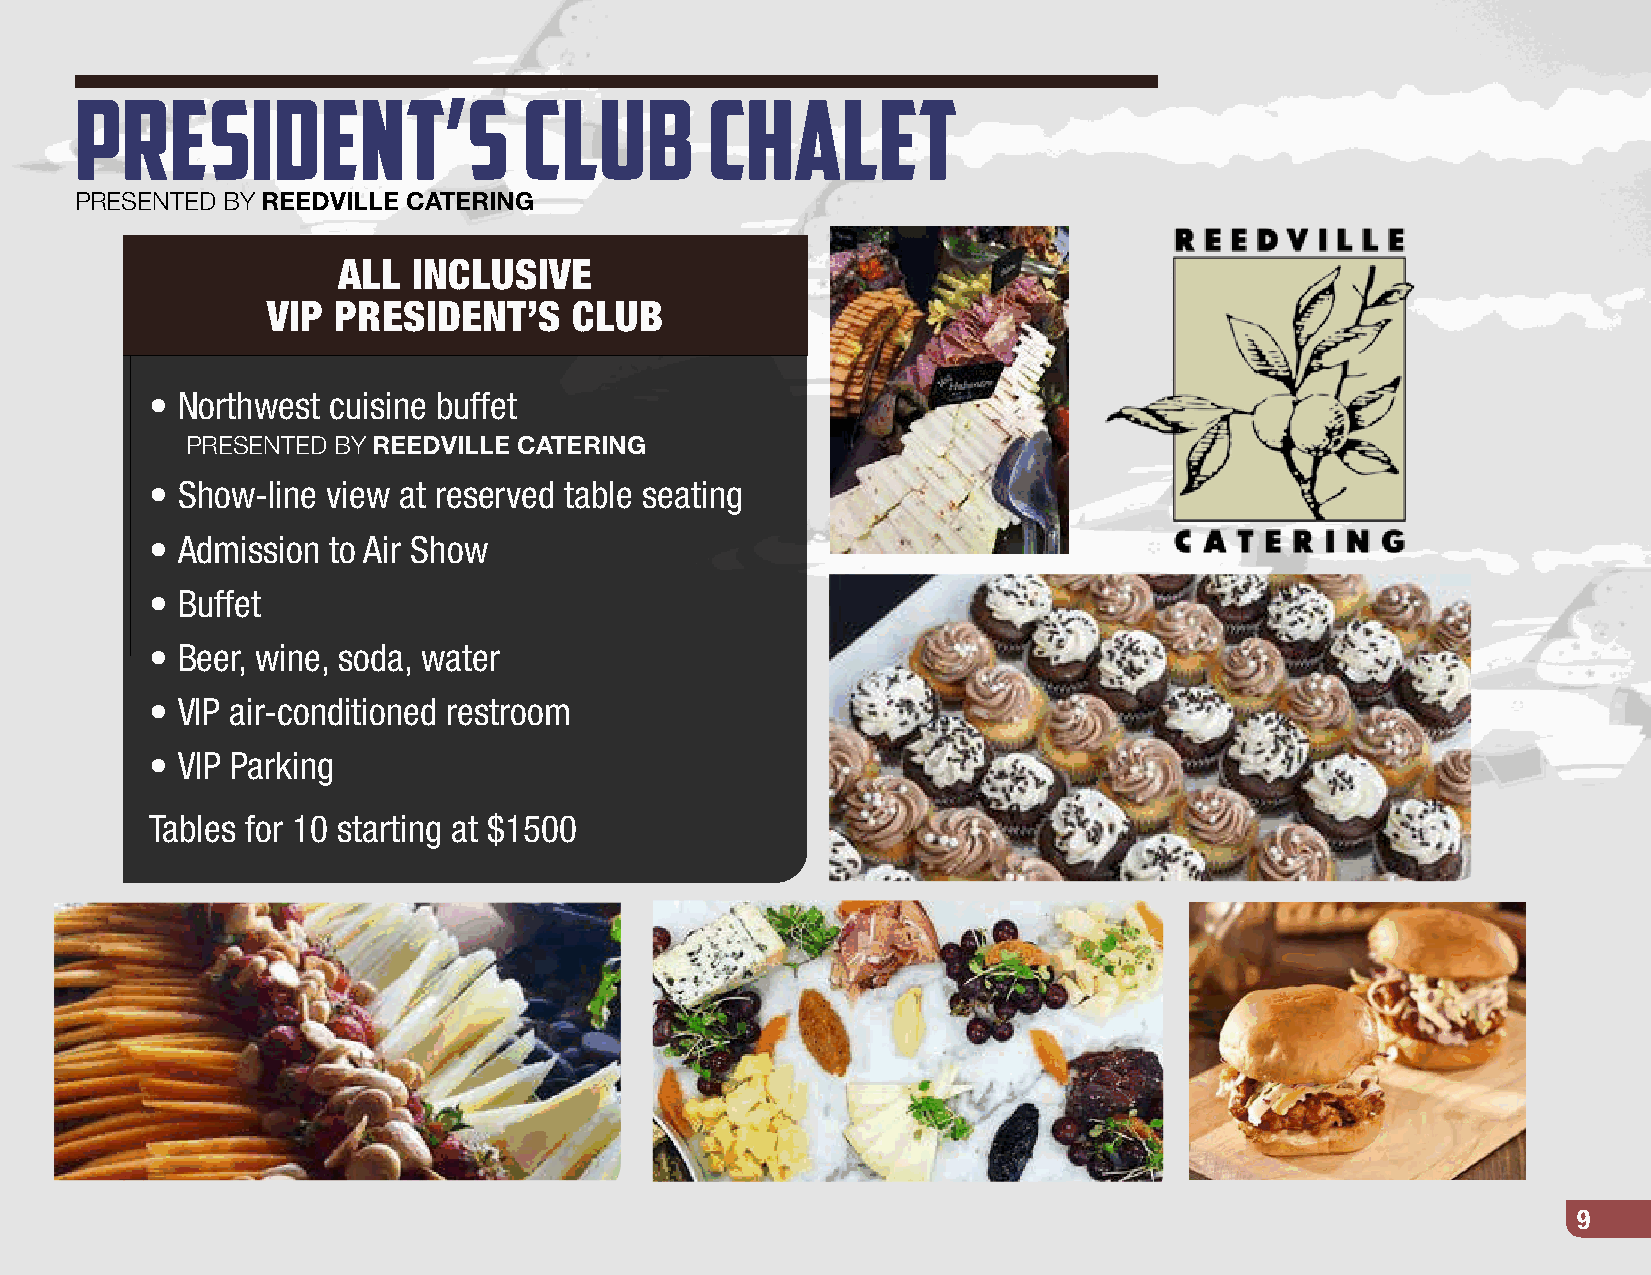
PRESident’s                   club        chalet
 PRESENTED BY REEDVILLE CATERING
 ALL  INCLUSIVE
 VIP PRESIDENT’S     CLUB
 • Northwest cuisine buffet
 PRESENTED BY REEDVILLE CATERING
 • Show-line view at reserved table seating
 • Admission to Air Show
 • Buffet
 • Beer, wine, soda, water
 • VIP air-conditioned restroom
 • VIP Parking
 Tables for 10 starting at $1500
 9